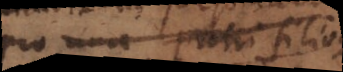
pro una Patri filioque